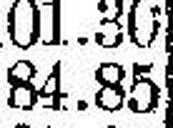
84.85